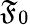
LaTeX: \mathfrak{F}_{0}